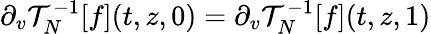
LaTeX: \begin{array}{r}{\partial_{v}\mathcal{T}_{N}^{-1}[f](t,z,0)=\partial_{v}\mathcal{T}_{N}^{-1}[f](t,z,1)}\end{array}